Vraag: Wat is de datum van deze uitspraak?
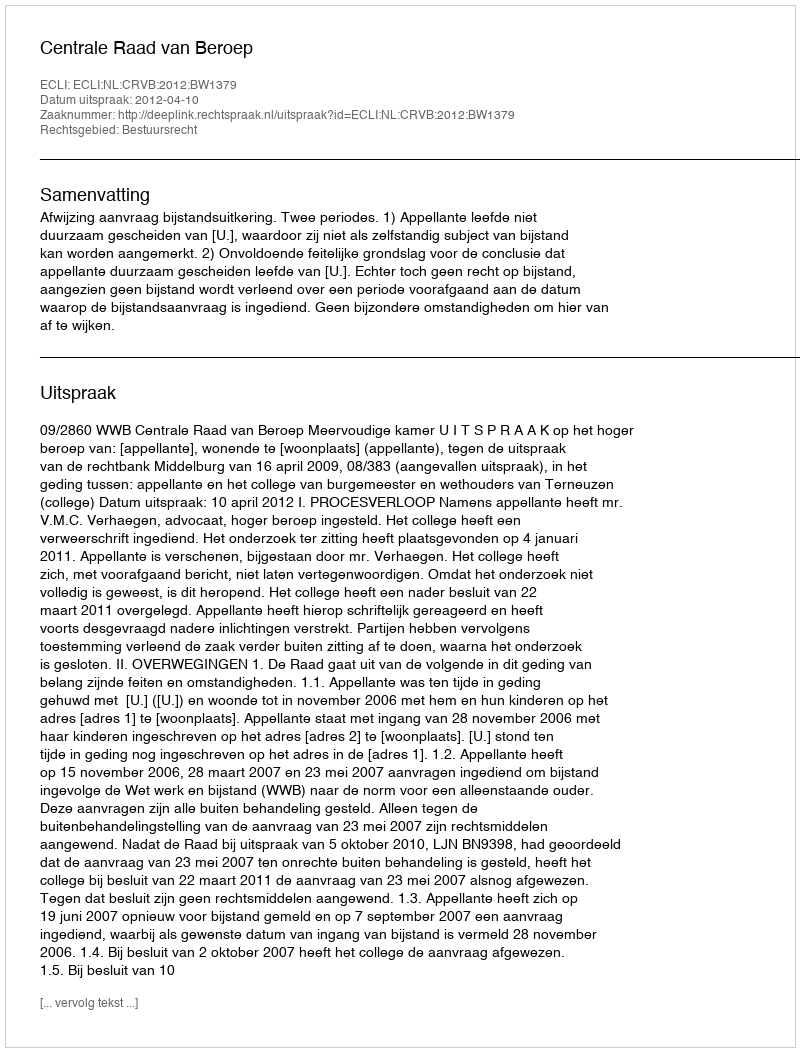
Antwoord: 2012-04-10